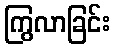
ကြွလာခြင်း